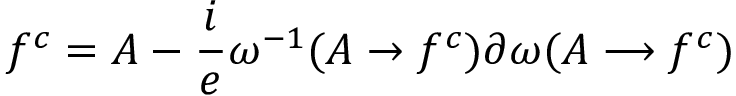
f ^ { c } = A - \frac { i } { e } \omega ^ { - 1 } ( A \rightarrow f ^ { c } ) \partial \omega ( A \longrightarrow f ^ { c } )